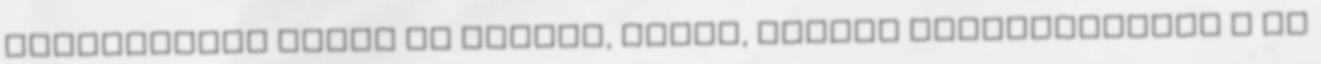
alkalmazott tanár és tanító, óvónő, irodai alkalmazottak c az